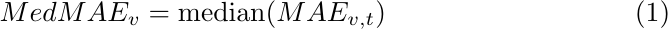
\begin{align}
    \text{$MedMAE_v$} &= \text{median}(MAE_{v, t})
\end{align}